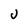
Character: U